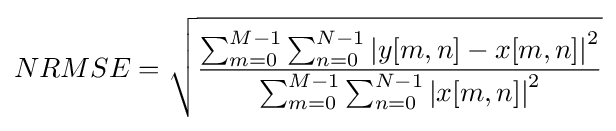
NRMSE={\sqrt {\frac {\sum _{m=0}^{M-1}\sum _{n=0}^{N-1}\left|y[m,n]-x[m,n]\right|^{2}}{\sum _{m=0}^{M-1}\sum _{n=0}^{N-1}\left|x[m,n]\right|^{2}}}}